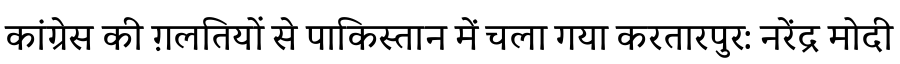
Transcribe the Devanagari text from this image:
कांग्रेस की ग़लतियों से पाकिस्तान में चला गया करतारपुर: नरेंद्र मोदी